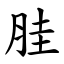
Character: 胿